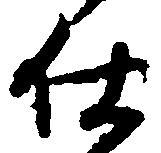
仕